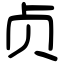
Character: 贞